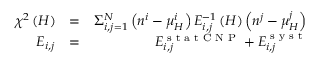
\begin{array} { r l r } { \chi ^ { 2 } \left( H \right) } & { = } & { \Sigma _ { i , j = 1 } ^ { N } \left( n ^ { i } - \mu _ { H } ^ { i } \right) E _ { i , j } ^ { - 1 } \left( H \right) \left( n ^ { j } - \mu _ { H } ^ { j } \right) } \\ { E _ { i , j } } & { = } & { E _ { i , j } ^ { \textrm { s t a t C N P } } + E _ { i , j } ^ { \textrm { s y s t } } } \end{array}